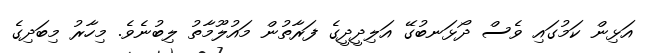
އަޅިން ކަމުގައި ވެސް ދޯޅަނބުގޭ އަލިދީދީގެ ފަރާތުން މައުލޫމާތު ލިބުނެވެ. މިހާރު މިބަދިގެ